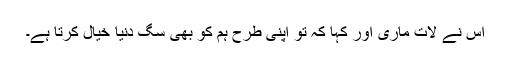
اس نے لات ماری اور کہا کہ تو اپنی طرح ہم کو بھی سگ دنیا خیال کرتا ہے۔